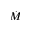
\dot { M }